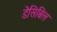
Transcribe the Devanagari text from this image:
डेसिबिल